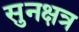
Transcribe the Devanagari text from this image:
सुनक्षत्र